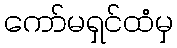
ကော်မရှင်ထံမှ